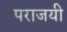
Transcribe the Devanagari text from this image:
पराजयी